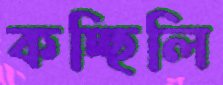
কচ্ছিলি